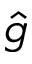
\hat { g }